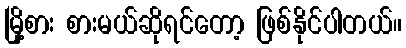
မြို့စား စားမယ်ဆိုရင်တော့ ဖြစ်နိုင်ပါတယ်။